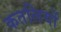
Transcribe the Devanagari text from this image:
कतलियों